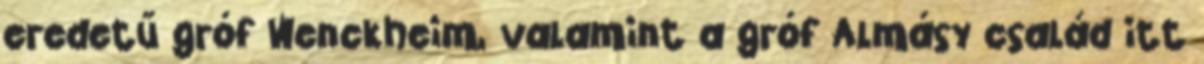
eredetű gróf Wenckheim, valamint a gróf Almásy család itt